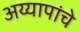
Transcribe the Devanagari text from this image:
अय्यापांचे